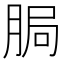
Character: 䏱